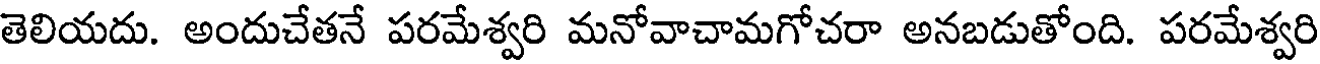
తెలియదు. అందుచేతనే పరమేశ్వరి మనోవాచామగోచరా అనబడుతోంది. పరమేశ్వరి